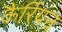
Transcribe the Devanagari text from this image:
कैर्रियन